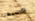
صديقنا